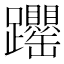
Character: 𬧝